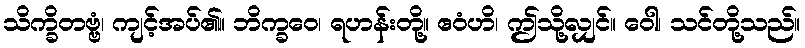
သိက္ခိတဗ္ဗံ၊ ကျင့်အပ်၏။ ဘိက္ခဝေ၊ ရဟန်းတို့။ ဧဝံဟိ၊ ဤသို့လျှင်။ ဝေါ၊ သင်တို့သည်။